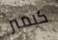
كيمبر